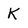
Character: K